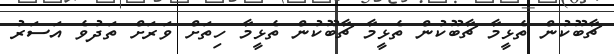
ޗާބޫކުން ތެޅީމާ ޗާބޫކުން ތެޅީމާ ޗާބޫކުން ތެޅީމާ ހިތަށް ވަރަށް ތަދުވެ އަސަރު